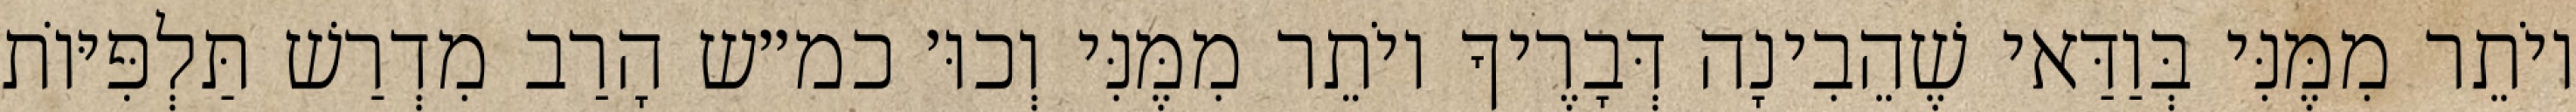
יוֹתֵר מִמֶּנִּי בְּוַדַּאי שֶׁהֵבִינָה דְּבָרֶיךָ יוֹתֵר מִמֶּנִּי וְכוּ׳ כמ״ש הָרַב מִדְרַשׁ תַּלְפִּיּוֹת